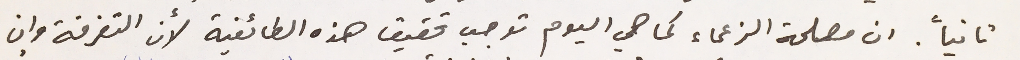
ثانياً. ان مصلحة الزعماء كما هي اليوم توجب تحقيق هذه الطائفية لأن التفرقة وإن